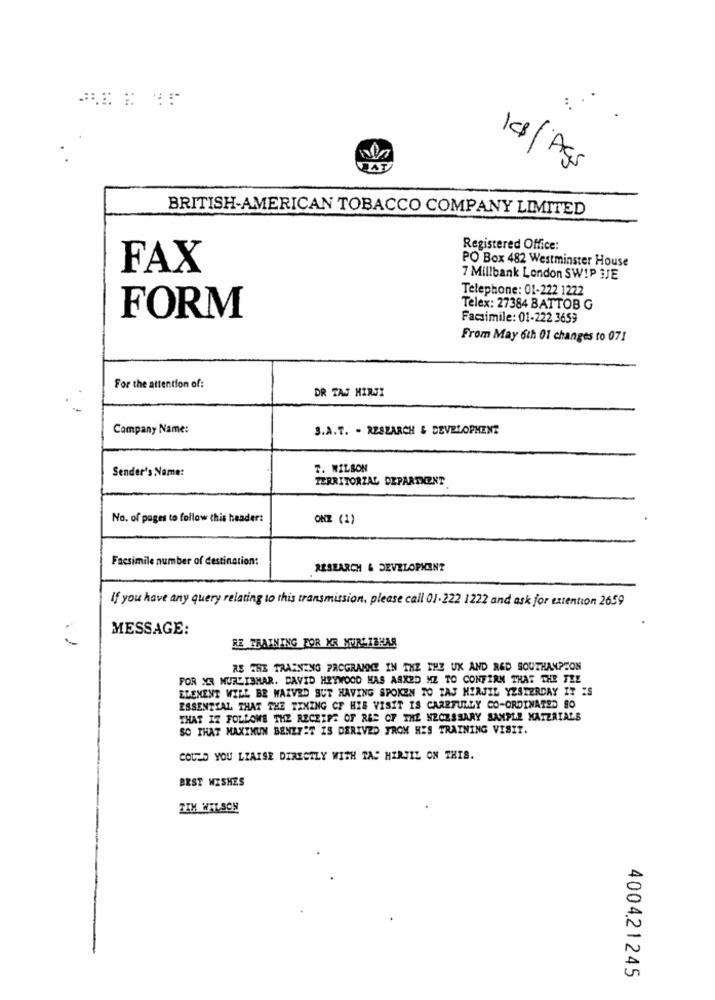
DAT
10/Ags
BRITISH-AMERICAN TOBACCO COMPANY LIMITED
Registered Office:
PO Box 482 Westminster House
FAX
7 Millbank London SWIP 3JE
Telephone: 01-222 1222
Telex: 27384 BATTOB G
FORM
Facsimile: 01-222 3659
From May 6th 01 changes to 071
For the attention of:
DR TAS HIRSI
Company Name:
3.A.T. - RESEARCH & DEVELOPMENT
Sender's Name:
T. WILSON
TERRITORIAL DEPARTMENT
No. of pages to follow this header:
ONE (1)
Facsimile number of destination:
RESEARCH & DEVELOPMENT
if you have any query relating to this transmission, please call 01.222 1222 and ask for extention 2659
MESSAGE:
RE TRAINING FOR XR MURLIBHAR
RE THE TRAINING PROGRAMONCE IN THE THE UX AND RED SOUTHAMPTON
FOR XR NURLISHAR. DAVID HEYWOOD HAS ASKED MZ TO CONFIRM THAT THE THE
ELEMENT WILL BR WAIVED BUT HAVING SPOKEN TO TAJ HINJIL YESTERDAY IT IS
ESSENTIAL THAT THE TIMING CF HIS VISIT IS CAREFULLY CO-ORDINATED SO
THAT IZ FOLLOWS THE RECEIPT OF RES OF THE NECESSARY SAMPLE MATERIALS
SO THAT MAXIMUM BENEYET IS DERIVED FROM HIS TRAINING VISIT.
COULD YOU LIAISE DIRECTLY WITH TAS HIRJIL ON THIS.
BEST WISHES
TIM WELSCH
4004.21245